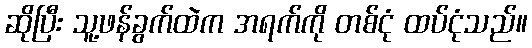
ဆိုပြီး သူ့ဖန်ခွက်ထဲက အရက်ကို တစ်ငုံ ထပ်ငုံသည်။